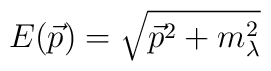
E(\vec{p})=\sqrt{\vec{p}^{2}+m_{\lambda }^{2}}